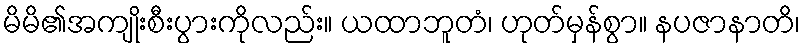
မိမိ၏အကျိုးစီးပွားကိုလည်း။ ယထာဘူတံ၊ ဟုတ်မှန်စွာ။ နပဇာနာတိ၊